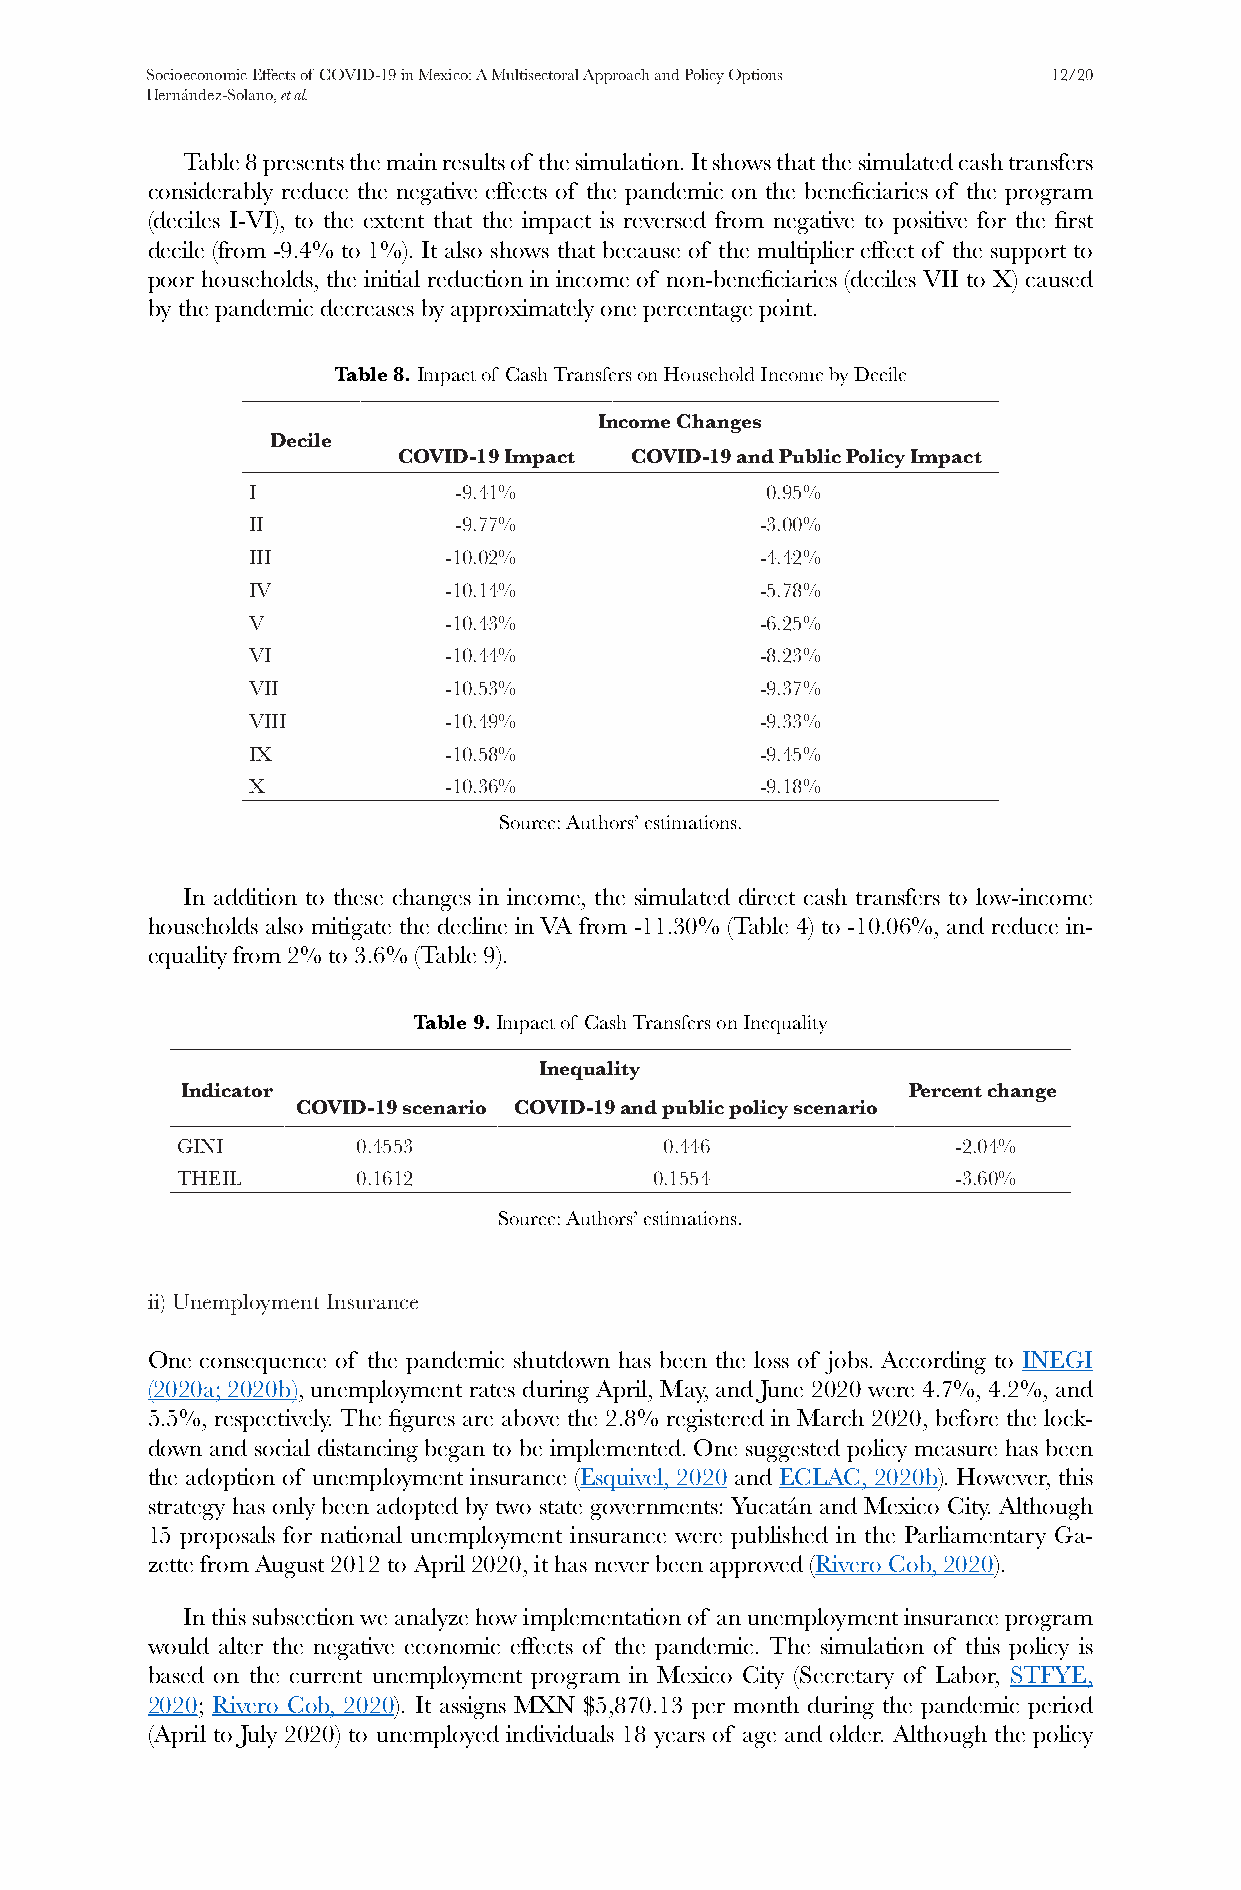
Socioeconomic Effects of COVID-19 in Mexico: A Multisectoral Approach and Policy Options 12/20
 Hernández-Solano, et al.
 Table 8 presents the main results of the simulation. It shows that the simulated cash transfers
 considerably reduce the negative effects of the pandemic on the beneficiaries of the program
 (deciles I-VI), to the extent that the impact is reversed from negative to positive for the first
 decile (from -9.4% to 1%). It also shows that because of the multiplier effect of the support to
 poor households, the initial reduction in income of non-beneficiaries (deciles VII to X) caused
 by the pandemic decreases by approximately one percentage point.
 Table 8. Impact of Cash Transfers on Household Income by Decile
 Income Changes
 Decile
 COVID-19 Impact COVID-19 and Public Policy Impact
 I             -9.41%               0.95%
 II            -9.77%              -3.00%
 III          -10.02%              -4.42%
 IV           -10.14%              -5.78%
 V            -10.43%              -6.25%
 VI           -10.44%              -8.23%
 VII          -10.53%              -9.37%
 VIII         -10.49%              -9.33%
 IX           -10.58%              -9.45%
 X            -10.36%              -9.18%
 Source: Authors’ estimations.
 In addition to these changes in income, the simulated direct cash transfers to low-income
 households also mitigate the decline in VA from -11.30% (Table 4) to -10.06%, and reduce in-
 equality from 2% to 3.6% (Table 9).
 Table 9. Impact of Cash Transfers on Inequality
 Inequality
 Indicator                                       Percent change
 COVID-19 scenario COVID-19 and public policy scenario
 GINI        0.4553              0.446              -2.04%
 THEIL       0.1612             0.1554              -3.60%
 Source: Authors’ estimations.
 ii) Unemployment Insurance
 One consequence of the pandemic shutdown has been the loss of jobs. According to INEGI
 (2020a; 2020b), unemployment rates during April, May, and June 2020 were 4.7%, 4.2%, and
 5.5%, respectively. The figures are above the 2.8% registered in March 2020, before the lock-
 down and social distancing began to be implemented. One suggested policy measure has been
 the adoption of unemployment insurance (Esquivel, 2020 and ECLAC, 2020b). However, this
 strategy has only been adopted by two state governments: Yucatán and Mexico City. Although
 15 proposals for national unemployment insurance were published in the Parliamentary Ga-
 zette from August 2012 to April 2020, it has never been approved (Rivero Cob, 2020).
 In this subsection we analyze how implementation of an unemployment insurance program
 would alter the negative economic effects of the pandemic. The simulation of this policy is
 based on the current unemployment program in Mexico City (Secretary of Labor, STFYE,
 2020; Rivero Cob, 2020). It assigns MXN $5,870.13 per month during the pandemic period
 (April to July 2020) to unemployed individuals 18 years of age and older. Although the policy